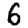
Digit: 6